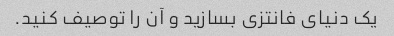
یک دنیای فانتزی بسازید و آن را توصیف کنید.